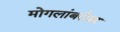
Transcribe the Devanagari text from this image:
मोगलांबरोबर